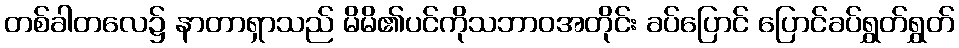
တစ်ခါတလေ၌ နာတာရှာသည် မိမိ၏ပင်ကိုသဘာဝအတိုင်း ခပ်ပြောင် ပြောင်ခပ်ရွှတ်ရွှတ်